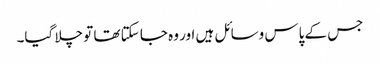
جس کے پاس وسائل ہیں اور وہ جا سکتا تھا تو چلا گیا۔